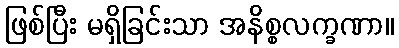
ဖြစ်ပြီး မရှိခြင်းသာ အနိစ္စလက္ခဏာ။